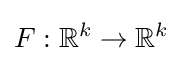
F:\mathbb {R} ^{k}\to \mathbb {R} ^{k}